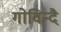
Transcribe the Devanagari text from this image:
गोविन्दै